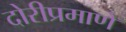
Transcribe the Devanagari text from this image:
दोरीप्रमाणे